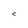
Character: C